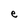
Character: e